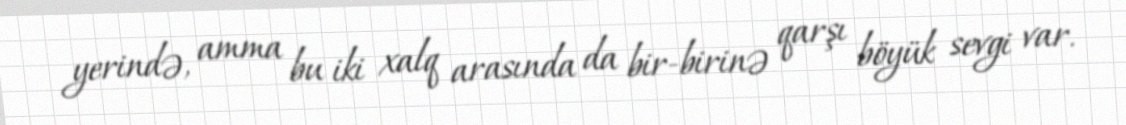
yerində, amma bu iki xalq arasında da bir-birinə qarşı böyük sevgi var.